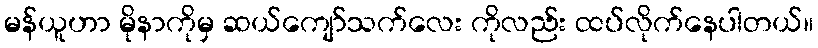
မန်ယူဟာ မိုနာကိုမှ ဆယ်ကျော်သက်လေး ကိုလည်း ထပ်လိုက်နေပါတယ်။